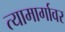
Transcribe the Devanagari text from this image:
त्यामार्गावर